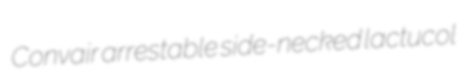
Convair arrestable side-necked lactucol